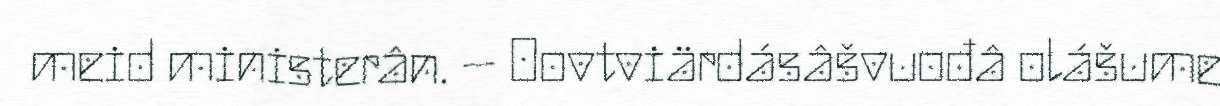
meid ministerân. – Oovtviärdásâšvuođâ olášume